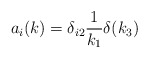
\begin{align*}a_i(k)=\delta_{i2}\frac{1}{k_1}\delta(k_3)\end{align*}